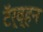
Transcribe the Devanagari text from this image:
टॅर्व्हन